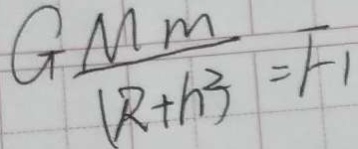
G \frac { M m } { \vert ( R + h ^ { 2 } ) } = F _ { 1 }